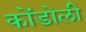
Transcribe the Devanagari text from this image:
कोंडोली